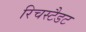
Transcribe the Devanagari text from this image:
रिचस्टैडट